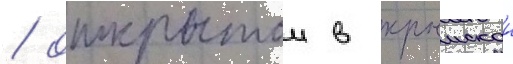
/ открытои в крымскои